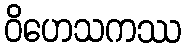
ဝိဟေသကဿ